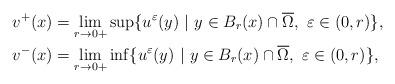
LaTeX: \begin{align*}&v^+ (x) = \lim_{r \to 0+} \sup \{ u^\varepsilon (y) \ | \ y \in B_r(x) \cap \overline \Omega, \ \varepsilon \in (0, r) \}, \\&v^- (x) = \lim_{r \to 0+} \inf \{ u^\varepsilon (y) \ | \ y \in B_r(x) \cap \overline \Omega, \ \varepsilon \in (0, r) \},\end{align*}